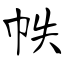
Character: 帙